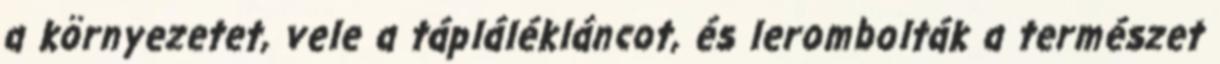
a környezetet, vele a táplálékláncot, és lerombolták a természet